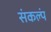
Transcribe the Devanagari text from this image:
संकल्पं